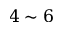
4 \sim 6